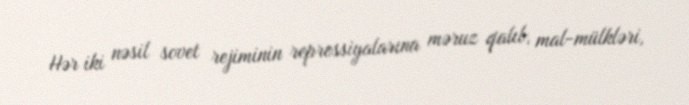
Hər iki nəsil sovet rejiminin repressiyalarına məruz qalıb, mal-mülkləri,